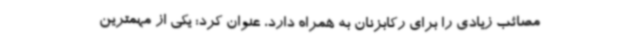
مصائب زیادی را برای رکابزنان به همراه دارد، عنوان کرد: یکی از مهمترین